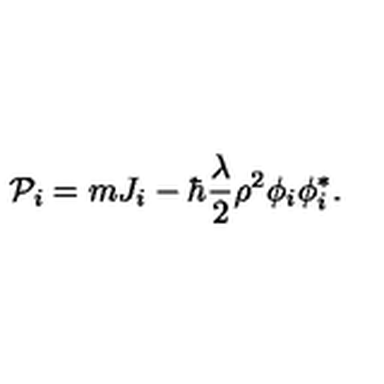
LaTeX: { \cal P } _ { i } = m J _ { i } - \hbar { \frac { \lambda } { 2 } } \rho ^ { 2 } \phi _ { i } \phi _ { i } ^ { * } .